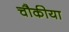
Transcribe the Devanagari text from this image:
चौकीया